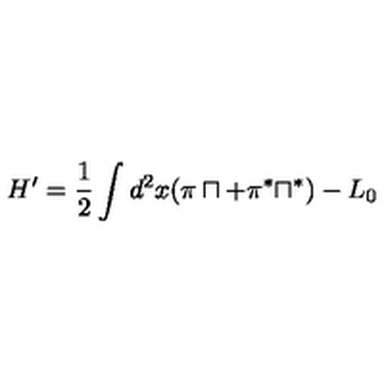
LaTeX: H ^ { \prime } = \frac { 1 } { 2 } \int d ^ { 2 } x ( \pi \sqcap + \pi ^ { \ast } \sqcap ^ { \ast } ) - L _ { 0 }